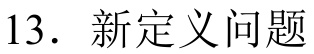
13. 新定义问题